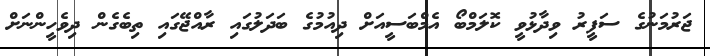
ޖަރުމަނުގެ ސަފީރު ވިދާޅުވީ ކޮލަމްބޯ އެމްބަސީއަށް ދިއުމުގެ ބަދަލުގައި ރާއްޖޭގައި ތިބެގެން ދިވެހީންނަށް